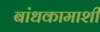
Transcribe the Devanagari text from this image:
बांधकामाशी